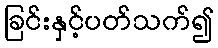
ခြင်းနှင့်ပတ်သက်၍